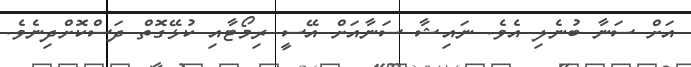
އަށް ސަނާ ބުނެލި އެވެ. ނައިޝާ ސަނާއަށް އޭސީ ރިމޯޓާއި ކުޅޭގޮތް ދަސްކޮށްދިނެވެ.